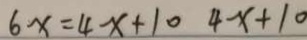
6 x = 4 x + 1 0 4 x + 1 0